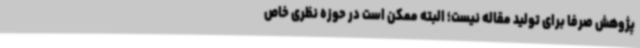
پژوهش صرفاً برای تولید مقاله نیست؛ البته ممکن است در حوزه نظری خاص